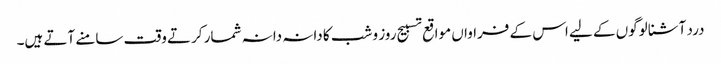
درد آشنا لوگوں کے لیے اس کے فراواں مواقع تسبیح روز و شب کا دانہ دانہ شمار کرتے وقت سامنے آتے ہیں۔